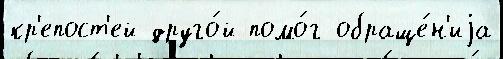
кр'епост'ей друго́й помо́г обраще́н'иjа